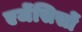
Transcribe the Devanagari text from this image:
एजेंसिसों